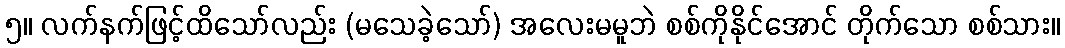
၅။ လက်နက်ဖြင့်ထိသော်လည်း (မသေခဲ့သော်) အလေးမမူဘဲ စစ်ကိုနိုင်အောင် တိုက်သော စစ်သား။